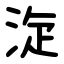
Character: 㳬